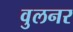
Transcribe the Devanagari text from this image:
वुलनर